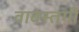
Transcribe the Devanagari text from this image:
वाबस्तगी